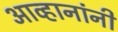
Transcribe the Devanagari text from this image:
आव्हानांनी